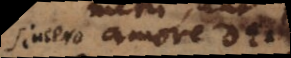
sincero amore Dei